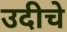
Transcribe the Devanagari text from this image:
उदीचे